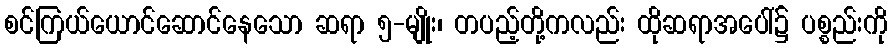
စင်ကြယ်ယောင်ဆောင်နေသော ဆရာ ၅-မျိုး၊ တပည့်တို့ကလည်း ထိုဆရာအပေါ်၌ ပစ္စည်းကို